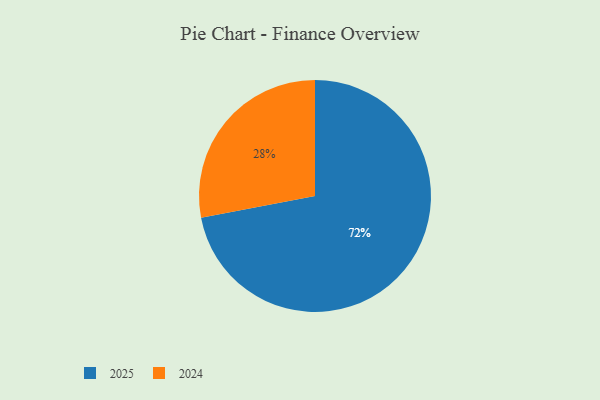
{"axis": {"x": "Category", "y": "Percentage"}, "legend": ["2024", "2025"], "data": [{"x": "2024", "y": 28, "type": "2024"}, {"x": "2025", "y": 72, "type": "2025"}]}